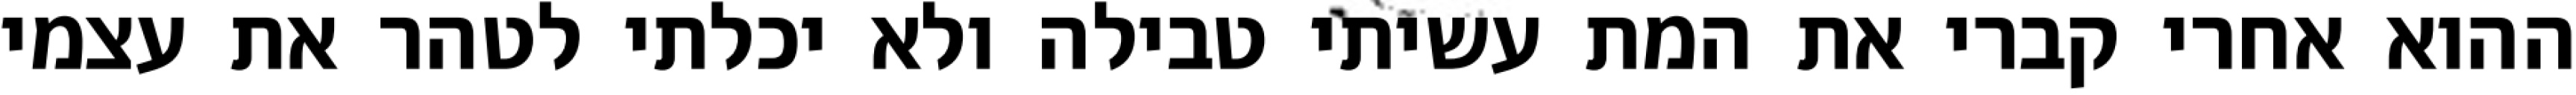
ההוא אחרי קברי את המת עשיתי טבילה ולא יכלתי לטהר את עצמי